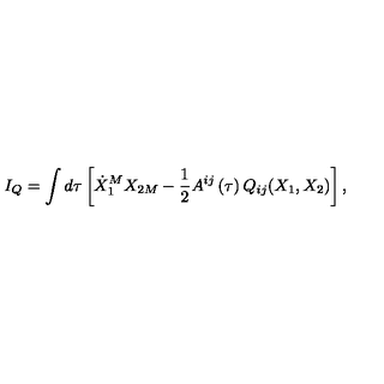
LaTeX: I _ { Q } = \int d \tau \left[ \dot { X } _ { 1 } ^ { M } X _ { 2 M } - { \frac { 1 } { 2 } } A ^ { i j } \left( \tau \right) Q _ { i j } ( X _ { 1 } , X _ { 2 } ) \right] ,